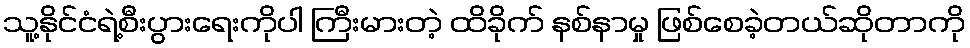
သူ့နိုင်ငံရဲ့စီးပွားရေးကိုပါ ကြီးမားတဲ့ ထိခိုက် နစ်နာမှု ဖြစ်စေခဲ့တယ်ဆိုတာကို